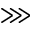
\ggg